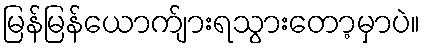
မြန်မြန်ယောက်ျားရသွားတော့မှာပဲ။